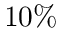
1 0 \%